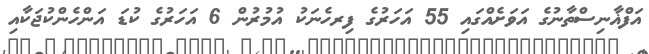
އަފްޣާނިސްތާނުގެ އަވަށެއްގައި 55 އަހަރުގެ ފިރހެނަކު އުމުރުން 6 އަހަރުގެ ކުޑަ އަންހެންކުޖަކާއި